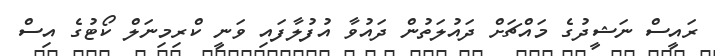
ރައީސް ނަޝީދުގެ މައްޗަށް ދައުލަތުން ދައުވާ އުފުލާފައި ވަނީ ކްރިމިނަލް ކޯޓުގެ އިސް